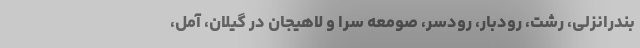
بندرانزلی، رشت، رودبار، رودسر، صومعه سرا و لاهیجان در گیلان، آمل،